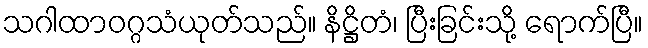
သဂါထာဝဂ္ဂသံယုတ်သည်။ နိဋ္ဌိတံ၊ ပြီးခြင်းသို့ ရောက်ပြီ။